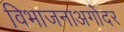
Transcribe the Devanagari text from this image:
विभाजनाअगोदर